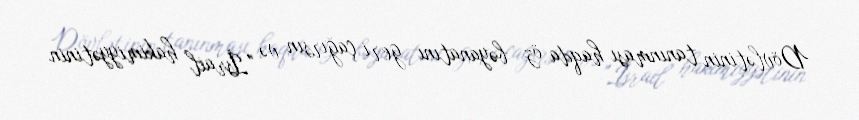
Dövlətinin tanınması haqda öz bəyanatını geri çağırsın və "İsrail hakimiyyətinin